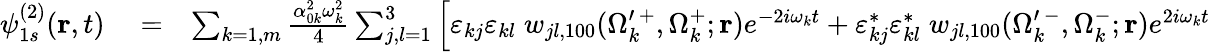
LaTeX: \begin{array}{rlr}{\psi_{1s}^{(2)}(\mathbf{r},t)}&{{}=}&{\sum_{k=1,m}\frac{\alpha_{0k}^{2}\omega_{k}^{2}}{4}\sum_{j,l=1}^{3}\left[\varepsilon_{kj}\varepsilon_{kl}\; w_{jl,100}(\Omega_{k}^{\prime\, +},\Omega_{k}^{+};\mathbf{r})e^{-2i\omega_{k}t}+\varepsilon_{kj}^{*}\varepsilon_{kl}^{*}\; w_{jl,100}(\Omega_{k}^{\prime\, -},\Omega_{k}^{-};\mathbf{r})e^{2i\omega_{k}t}\right.}\end{array}